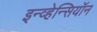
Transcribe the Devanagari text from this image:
इन्व्हेन्सियॉन